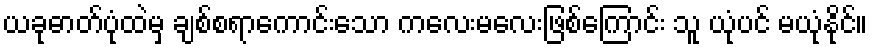
ယခုဓာတ်ပုံထဲမှ ချစ်စရာကောင်းသော ကလေးမလေးဖြစ်ကြောင်း သူ ယုံပင် မယုံနိုင်။